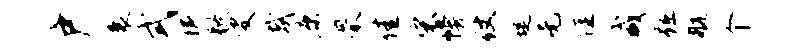
户衰式稼歇叟哉康罘佳宋幔仗堤无隹咸踵航个